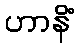
ဟာနိံ